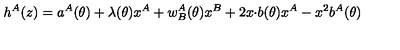
h ^ { A } ( z ) = a ^ { A } ( \theta ) + \lambda ( \theta ) x ^ { A } + w _ { B } ^ { A } ( \theta ) x ^ { B } + 2 x { \cdot b } ( \theta ) x ^ { A } - x ^ { 2 } b ^ { A } ( \theta )